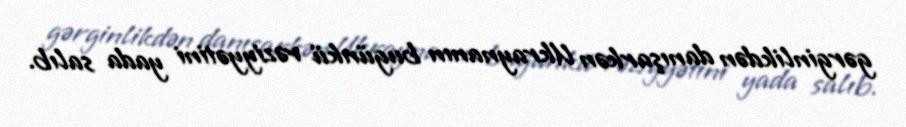
gərginlikdən danışarkən Ukraynanın bugünkü vəziyyətini yada salıb.